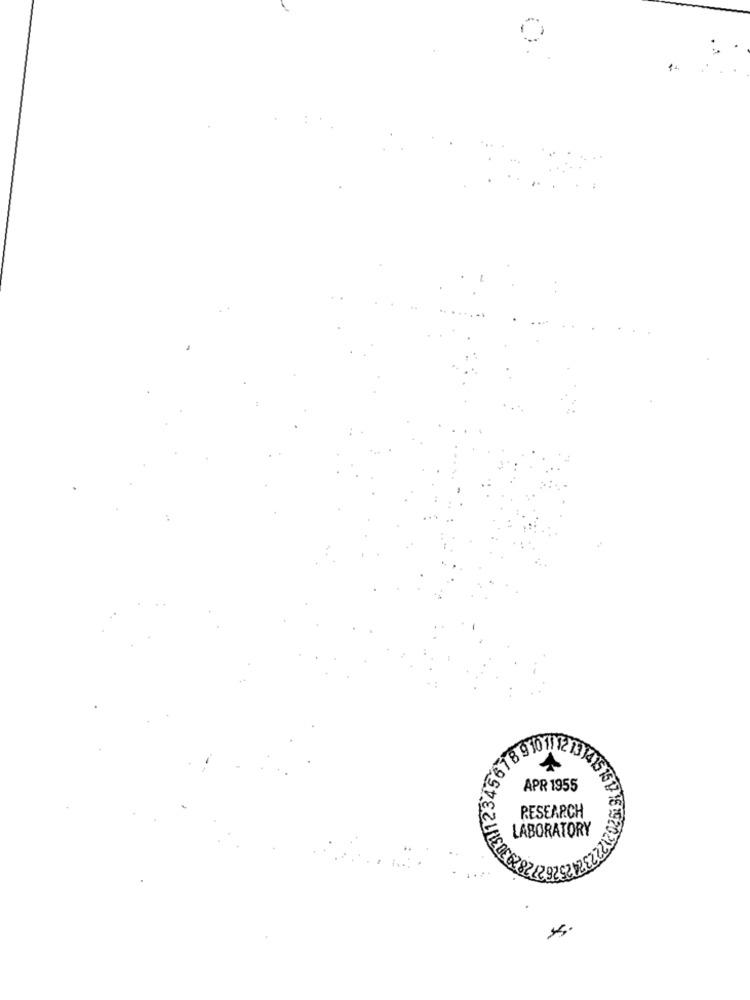
1.
1891
APR 1955
RESEARCH
LABORATORY